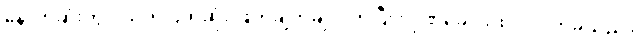
နောက်ဆုံးတွင် ယတိပြတ်ဆုံး ဖြတ်ချက်ချလိုက်ပြီး လိုဏ်ခေါင်းထဲ ဝင်လာခဲ့သည်။